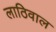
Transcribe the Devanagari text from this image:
लाठिवाल